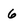
Character: 6